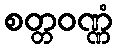
စတ္တဝဏ္ဏံ